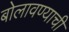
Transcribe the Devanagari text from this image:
बोलावण्याची